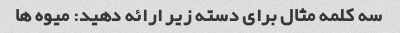
سه کلمه مثال برای دسته زیر ارائه دهید: میوه ها